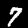
Digit: 7